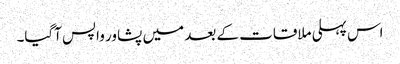
اس پہلی ملاقات کے بعد میں پشاور واپس آگیا۔